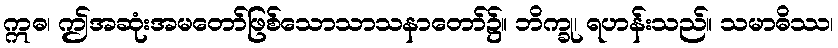
ဣဓ၊ ဤအဆုံးအမတော်ဖြစ်သောသာသနာတော်၌။ ဘိက္ခု၊ ရဟန်းသည်။ သမာဓိဿ၊